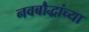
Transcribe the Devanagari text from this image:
नवबौद्धांच्या